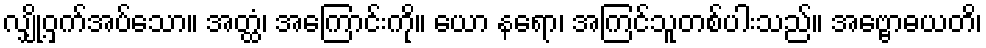
လျှို့ဝှက်အပ်သော။ အတ္ထံ၊ အကြောင်းကို။ ယော နရော၊ အကြင်သူတစ်ပါးသည်။ အဗ္ဗောဓယတိ၊